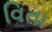
વિતા